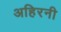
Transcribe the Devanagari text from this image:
अहिरनी